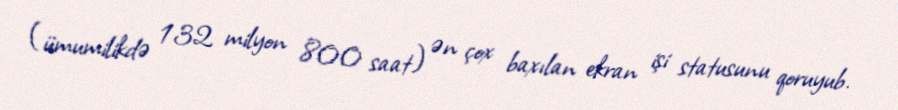
(ümumilikdə 132 milyon 800 saat) ən çox baxılan ekran işi statusunu qoruyub.